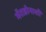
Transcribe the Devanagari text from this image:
मॅराडोनाशी